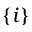
\{ i \}